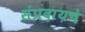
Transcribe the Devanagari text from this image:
संप्रदायचे